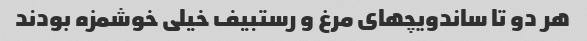
هر دو تا ساندویچهای مرغ و رستبیف خیلی خوشمزه بودند